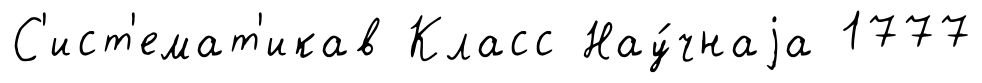
С'ист'емат'икав Класс Нау́чнаjа 1777